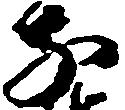
子